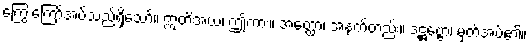
ကြွေးကြော်အပ်သည်ရှိသော်။ ဣတိအယံ၊ ဤကား။ အတ္ထော၊ အနက်တည်း။ ဒဋ္ဌဗ္ဗော၊ မှတ်အပ်၏။